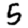
Digit: 5